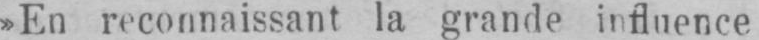
»En reconnaissant la grande influence